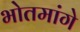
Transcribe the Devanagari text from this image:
भोतमांगे